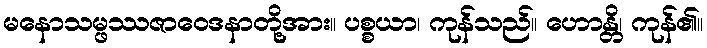
မနောသမ္ဖဿဇာဝေဒနာတို့အား။ ပစ္စယာ၊ ကုန်သည်။ ဟောန္တိ၊ ကုန်၏။